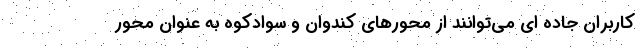
کاربران جاده ای می‌توانند از محورهای کندوان و سوادکوه به عنوان محور